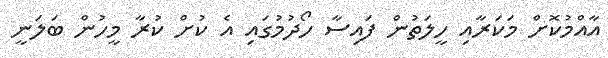
އާއްމުކޮށް މަކަރާއި ހީލަތުން ފައިސާ ހޯދުމުގައި އެ ކުށް ކުރާ މީހުން ބަލަނީ